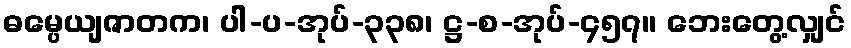
ဓမ္ပေယျဇာတက၊ ပါ-ပ-အုပ်-၃၃၈၊ ဋ္ဌ-စ-အုပ်-၄၅၇။ ဘေးတွေ့လျှင်